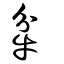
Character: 𤘝